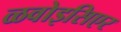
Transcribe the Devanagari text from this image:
ळवोइसिएर